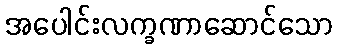
အပေါင်းလက္ခဏာဆောင်သော